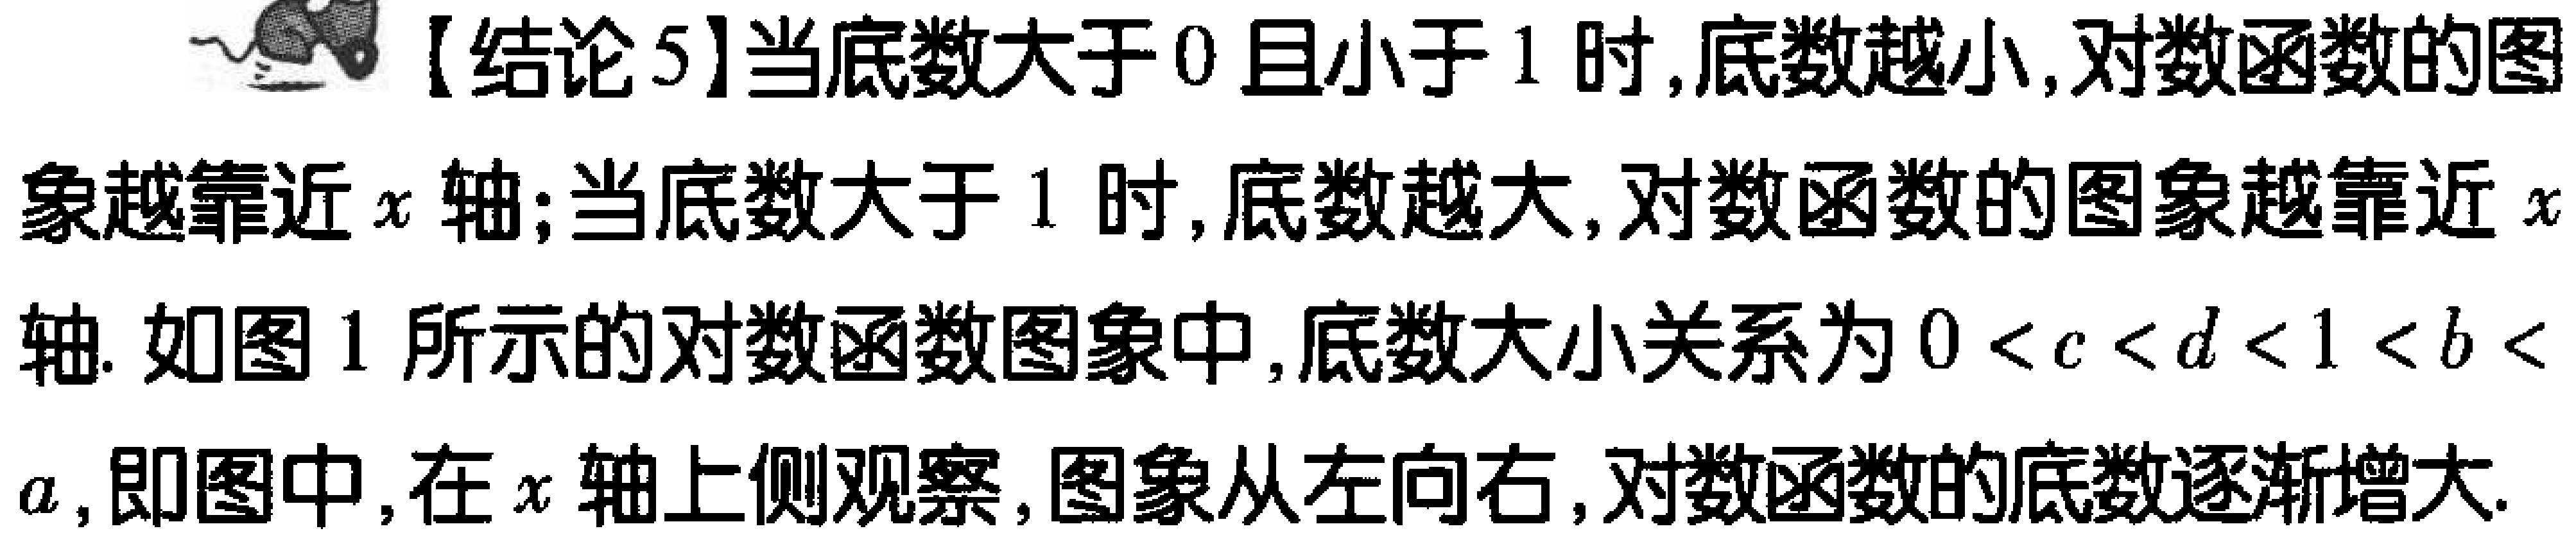
【结论5】当底数大于\(0\)且小于\(1\)时,底数越小,对数函数的图象越靠近\(x\)轴;当底数大于\(1\)时,底数越大,对数函数的图象越靠近\(x\)轴. 如图1所示的对数函数图象中,底数大小关系为\(0 < c < d < 1 < b < a\),即图中,在\(x\)轴上侧观察,图象从左向右,对数函数的底数逐渐增大.